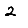
Digit: 2